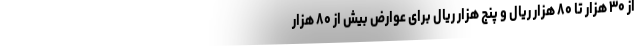
از ۳۰ هزار تا ۸۰ هزار ریال و پنج هزار ریال برای عوارض بیش از ۸۰ هزار